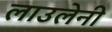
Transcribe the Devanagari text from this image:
लाउलेनी